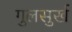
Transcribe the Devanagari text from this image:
गुलसुर्ख